Report on the bubonic plague in Bombay, 1896-1897
Year: 1896
Disease focus: Plague
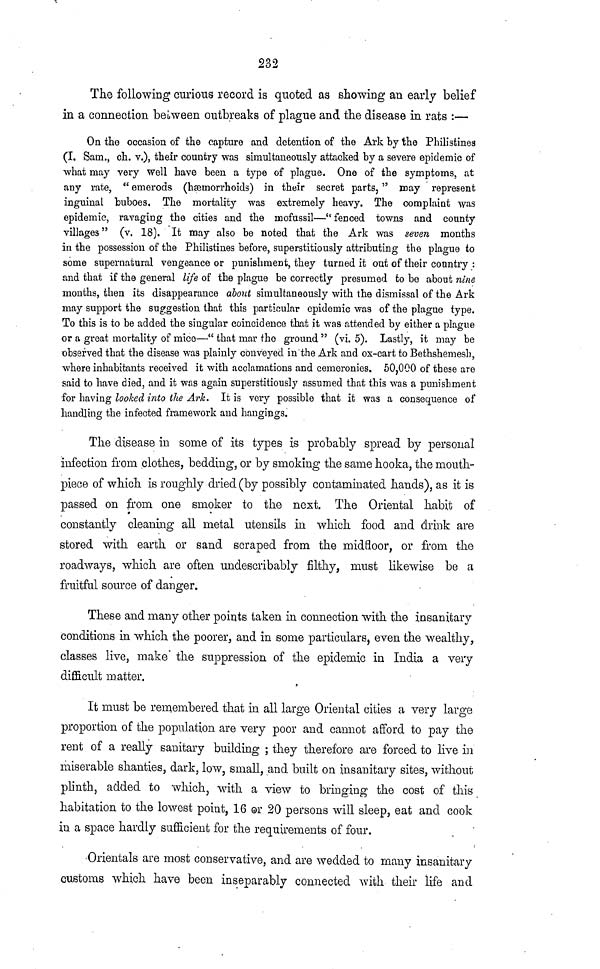
232
The following curious record is quoted as showing an early belief
in a connection between outbreaks of plague and the disease in rats :—
On the occasion of the capture and detention of the Ark by the Philistines
(I. Sam., ch. v.), their country was simultaneously attacked by a severe epidemic of
what may very well have been a type of plague. One of the symptoms, at
any rate, " emerods (hæmorrhoids) in their secret parts, " may represent
inguinal buboes. The mortality was extremely heavy. The complaint was
epidemic, ravaging the cities and the mofussil—"fenced towns and county
villages " (v. 18). It may also be noted that the Ark was seven months
in the possession of the Philistines before, superstitiously attributing the plague to
some supernatural vengeance or punishment, they turned it out of their country :
and that if the general life of the plague be correctly presumed to be about nine
months, then its disappearance about simultaneously with the dismissal of the Ark
may support the suggestion that this particular epidemic was of the plague type.
To this is to be added the singular coincidence that it was attended by either a plague
or a great mortality of mice—" that mar the ground " (vi. 5). Lastly, it may be
observed that the disease was plainly conveyed in the Ark and ox-cart to Bethshemesh,
where inhabitants received it with acclamations and cemeronies. 50,000 of these are
said to have died, and it was again superstitiously assumed that this was a punishment
for having looked into the Ark. It is very possible that it was a consequence of
handling the infected framework and hangings.
The disease in some of its types is probably spread by personal
infection from clothes, bedding, or by smoking the same hooka, the mouth-
piece of which is roughly dried (by possibly contaminated hands), as it is
passed on from one smoker to the next. The Oriental habit of
constantly cleaning all metal utensils in which food and drink are
stored with earth or sand scraped from the midfloor, or from the
roadways, which are often undescribably filthy, must likewise be a
fruitful source of danger.
These and many other points taken in connection with the insanitary
conditions in which the poorer, and in some particulars, even the wealthy,
classes live, make the suppression of the epidemic in India a very
difficult matter.
It must be remembered that in all large Oriental cities a very large
proportion of the population are very poor and cannot afford to pay the
rent of a really sanitary building ; they therefore are forced to live in
miserable shanties, dark, low, small, and built on insanitary sites, without
plinth, added to which, with a view to bringing the cost of this
habitation to the lowest point, 16 or 20 persons will sleep, eat and cook
in a space hardly sufficient for the requirements of four.
Orientals are most conservative, and are wedded to many insanitary
customs which have been inseparably connected with their life and